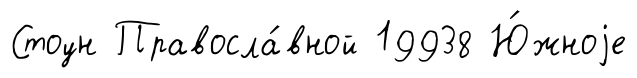
Стоун Правосла́вной 19938 Ю́жноjе